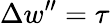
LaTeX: \Delta w^{\prime\prime}=\tau